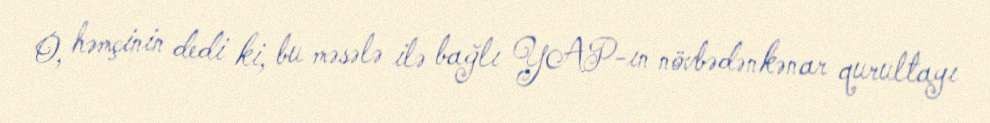
O, həmçinin dedi ki, bu məsələ ilə bağlı YAP-ın növbədənkənar qurultayı